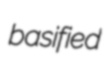
basified